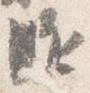
駈